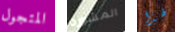
المتجول المشورة لهذا